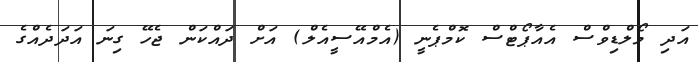
އަދި މޯލްޑިވްސް އެއާޕޯޓްސް ކޮމްޕެނީ (އެމްއޭސީއެލް) އަށް ދައްކަން ޖެހޭ ގިނަ އަދަދެއްގެ